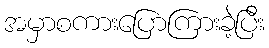
အမှာစကားပြောကြားခဲ့ပြီး